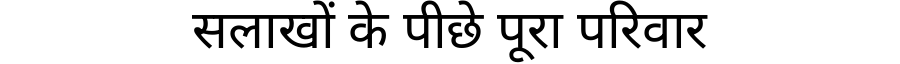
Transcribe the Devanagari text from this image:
सलाखों के पीछे पूरा परिवार